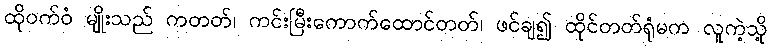
ထိုဝက်ဝံ မျိုးသည် ကတတ်၊ ကင်းမြီးကောက်ထောင်တတ်၊ ဖင်ချ၍ ထိုင်တတ်ရုံမက လူကဲ့သို့